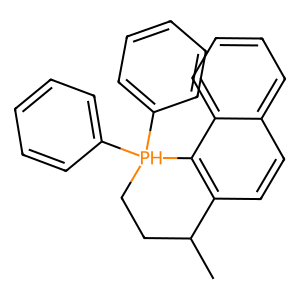
SMILES: CC1CC[PH](c2ccccc2)(c2ccccc2)c2c1ccc1ccccc21
Inhibits HIV replication: No